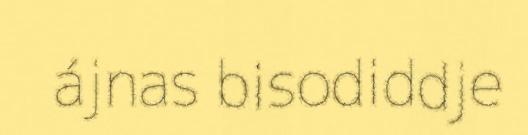
ájnas bisodiddje